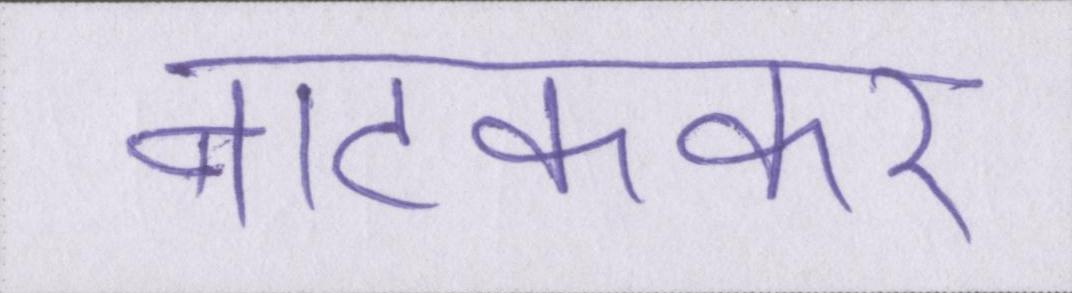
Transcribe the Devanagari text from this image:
नाटककार